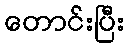
တောင်းပြီး